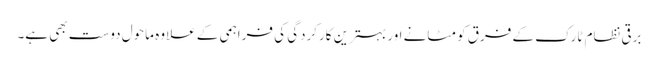
برقی نظام ٹارک کے فرق کو مٹانے اور بہترین کارکردگی کی فراہمی کے علاوہ ماحول دوست بھی ہے۔